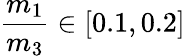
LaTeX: \frac{m_{1}}{m_{3}}\in[0.1,0.2]